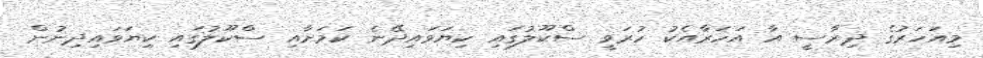
މިއަހަރުގެ ދިރާސީ އާ އަހަރާއެކު ހުރަވީ ސްކޫލުގައި ކިޔަވައިދޭނެ ކަމަށާއި ސްކޫލުގައި ކިޔަވައިދިނުން